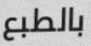
بالطبع